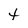
Character: t